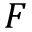
F